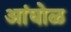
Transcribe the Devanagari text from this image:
अांघोळ